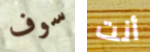
سوف أنت